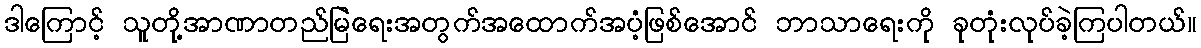
ဒါကြောင့် သူတို့အာဏာတည်မြဲရေးအတွက်အထောက်အပံ့ဖြစ်အောင် ဘာသာရေးကို ခုတုံးလုပ်ခဲ့ကြပါတယ်။